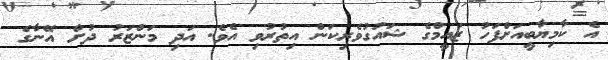
އެ ކާމިޔާބީއަށްފަހު ޒައީމްގެ ޝައުގުވެރިކަން އިތުރުވި އެވެ. އަދި މަންޒަރު ދުށް އޭނާގެ